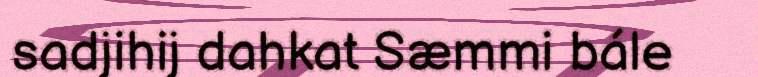
sadjihij dahkat Sæmmi bále